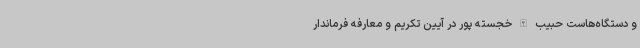
و دستگاه‌هاست حبیب الله خجسته پور در آیین تکریم و معارفه فرماندار